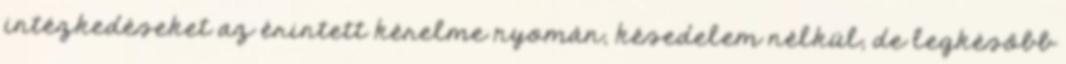
intézkedéseket az érintett kérelme nyomán, késedelem nélkül, de legkésőbb